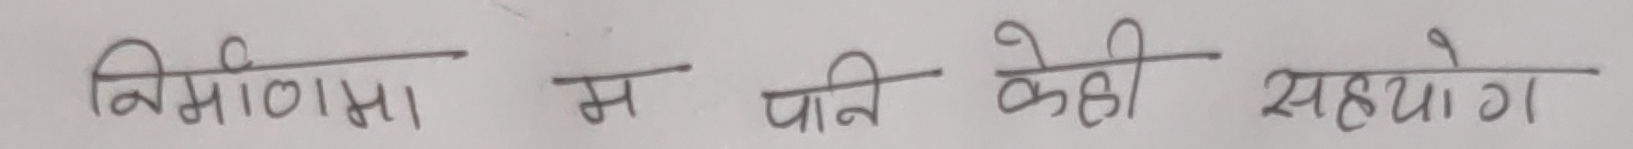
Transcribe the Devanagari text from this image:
निर्माणामा म पानी केही सहयोग